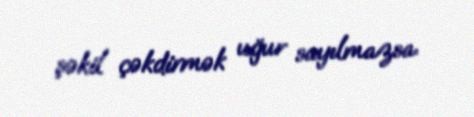
şəkil çəkdirmək uğur sayılmazsa.